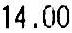
14.00